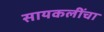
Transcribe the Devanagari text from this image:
सायकलींचा